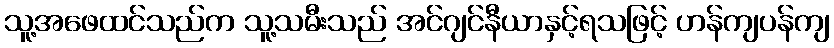
သူ့အဖေထင်သည်က သူ့သမီးသည် အင်ဂျင်နီယာနှင့်ရသဖြင့် ဟန်ကျပန်ကျ